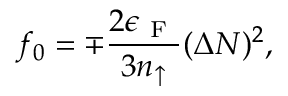
f _ { 0 } = \mp \frac { 2 \epsilon _ { \mathrm { ~ F ~ } } } { 3 n _ { \uparrow } } ( \Delta N ) ^ { 2 } ,